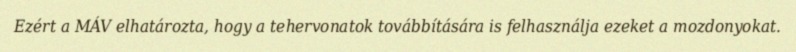
Ezért a MÁV elhatározta, hogy a tehervonatok továbbítására is felhasználja ezeket a mozdonyokat.